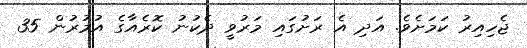
ޖެހިއިރު ކަމަށެވެ. އަދި އެ ރަށުގައި މަރުވީ ދެކުނު ކޮރެއާގެ އުމުރުން 35